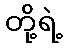
တို့ရဲ့